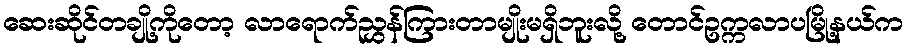
ဆေးဆိုင်တချို့ကိုတော့ လာရောက်ညွှန်ကြားတာမျိုးမရှိဘူးလို့ တောင်ဥက္ကလာပမြို့နယ်က